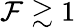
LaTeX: \mathcal{F}\gtrsim1